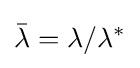
{\bar {\lambda }}=\lambda /\lambda ^{*}